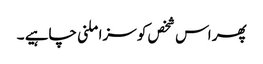
پھر اس شخص کو سزا ملنی چاہیے ۔